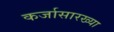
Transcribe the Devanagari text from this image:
कर्जासारख्या